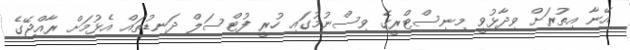
އޭނާ އިތުރަށް ވިދާޅުވީ މިނިސްޓްރީގެ ވިސްނުމުގައި ހުރީ ފުޓްސަލް ދަނޑުތައް އެޅުމަށް ރާއްޖޭގެ